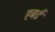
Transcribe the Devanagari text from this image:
हबर्ड